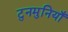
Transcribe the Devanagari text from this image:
टुनमुनियाँ